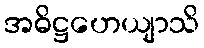
အဓိဋ္ဌဟေယျာသိ